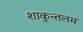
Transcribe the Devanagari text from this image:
शाकुन्तलम